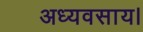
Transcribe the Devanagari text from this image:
अध्यवसाय।